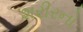
શરીરનો